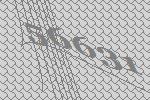
56631